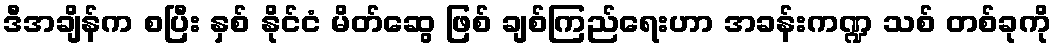
ဒီအချိန်က စပြီး နှစ် နိုင်ငံ မိတ်ဆွေ ဖြစ် ချစ်ကြည်ရေးဟာ အခန်းကဏ္ဍ သစ် တစ်ခုကို